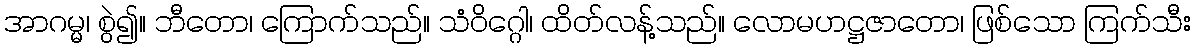
အာဂမ္မ၊ စွဲ၍။ ဘီတော၊ ကြောက်သည်။ သံဝိဂ္ဂေါ၊ ထိတ်လန့်သည်။ လောမဟဋ္ဌဇာတော၊ ဖြစ်သော ကြက်သီး